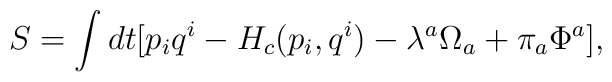
S = \int dt[p_iq^i - H_c(p_i,q^i) - \lambda^a\Omega_a + \pi_a\Phi^a],